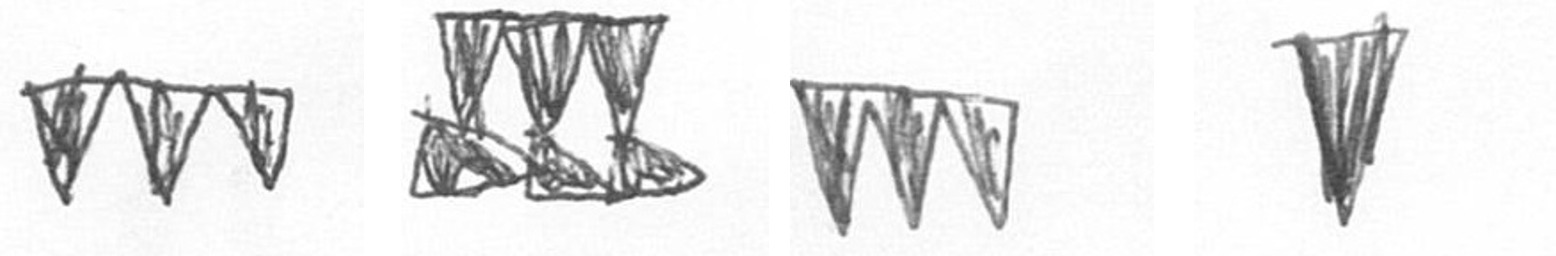
L D L J